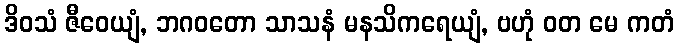
ဒိဝသံ ဇီဝေယျံ, ဘဂဝတော သာသနံ မနသိကရေယျံ, ဗဟုံ ဝတ မေ ကတံ